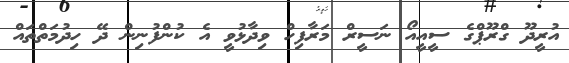
އުރީދޫ ގްރޫޕްގެ ސީއީއޯ ނަސީރް މަރާފިހް ވިދާޅުވީ އެ ކުންފުނިން ދޭ ހިދުމަތްތައް